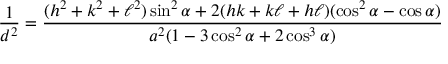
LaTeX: { \frac { 1 } { d ^ { 2 } } } = { \frac { ( h ^ { 2 } + k ^ { 2 } + \ell ^ { 2 } ) \sin ^ { 2 } \alpha + 2 ( h k + k \ell + h \ell ) ( \cos ^ { 2 } \alpha - \cos \alpha ) } { a ^ { 2 } ( 1 - 3 \cos ^ { 2 } \alpha + 2 \cos ^ { 3 } \alpha ) } }